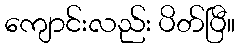
ကျောင်းလည်း ပိတ်ပြီ။